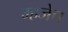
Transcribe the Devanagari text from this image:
म्हजेच